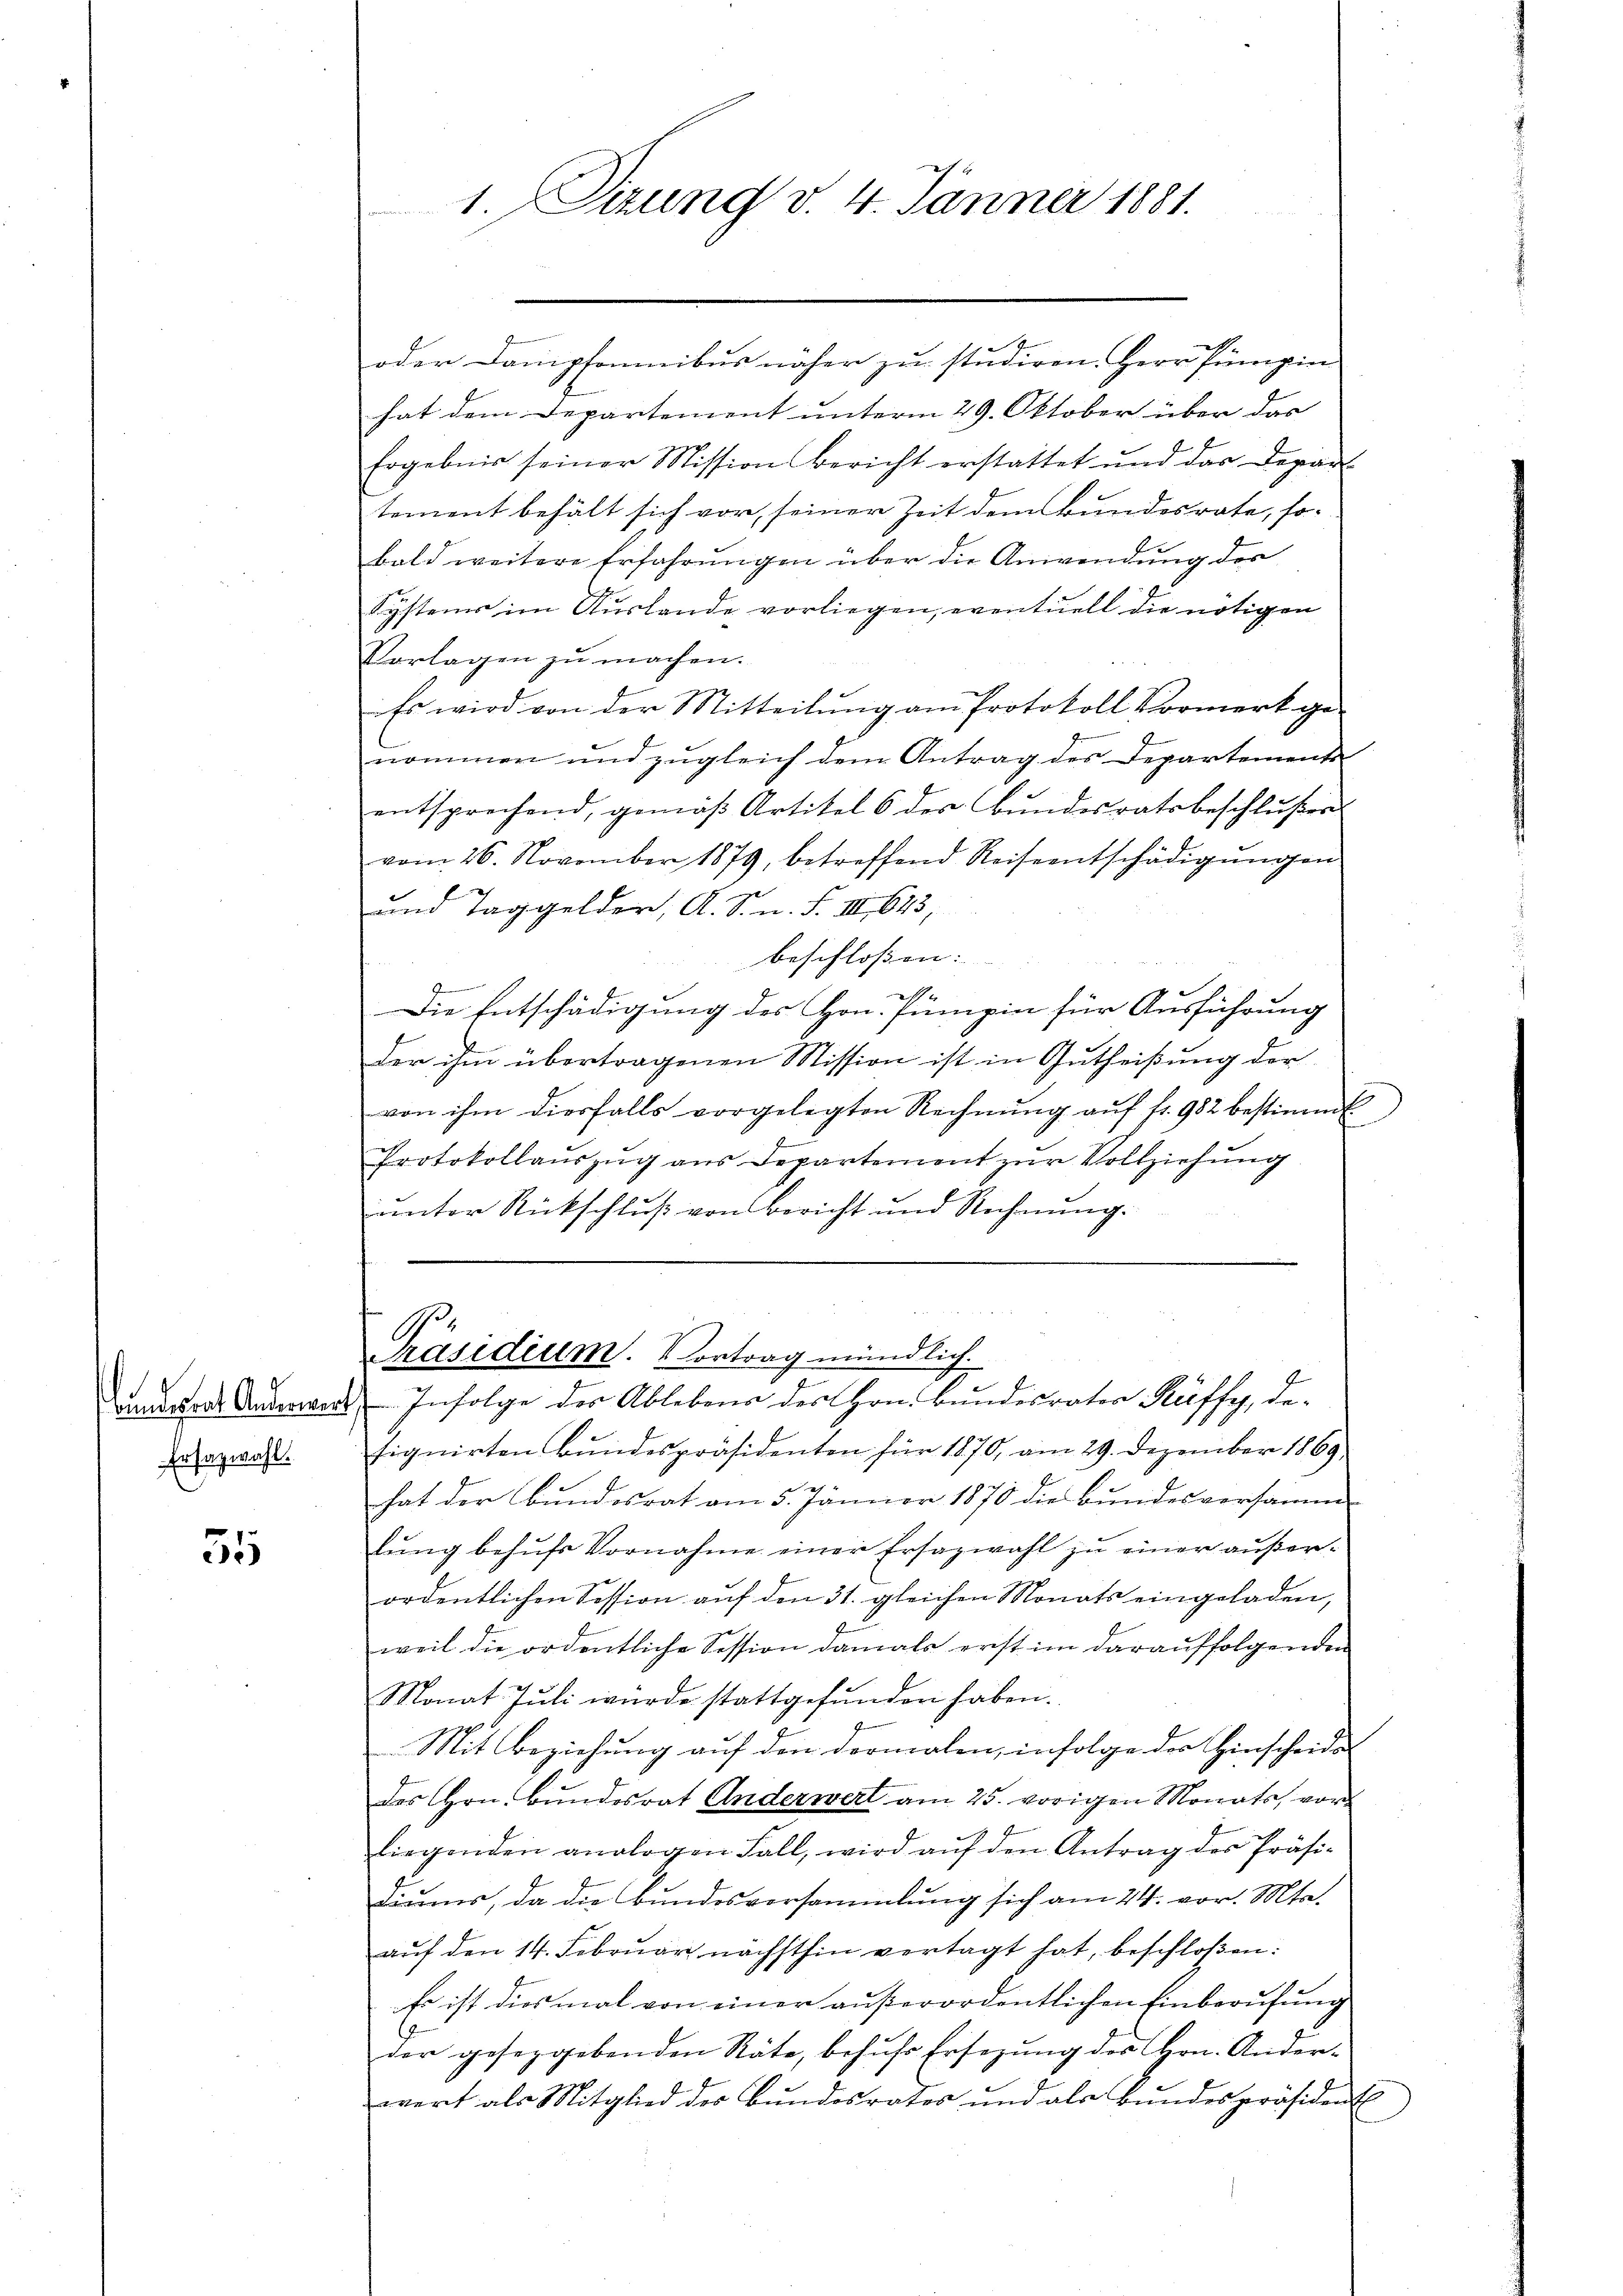
Ersazwahl.

35

1. Sizung v. 4. Jänner 1881.

oder Dampfomnibus näher zu studiren. Herr Pumpin
hat dem Departement unterm 29. Oktober über das
Ergebnis seiner Mission Bericht erstattet und das Depart
tement behält sich vor, seiner Zeit dem Bundesrate, so-
bald weitere Erfahrungen über die Anwendung des
Systems im Auslande vorliegen, eventuell die nötigen
Vorlagen zu machen.
Es wird von der Mitteilung am Protokoll Vormerk ge-
nommen und zugleich dem Antrag des Departements
entsprechend, gemäβ Artikel 6 der Bŭndesratsbeschlŭsser
vom 26. November 1879, betreffend Reiseentschädigŭngen
und Taggelder, A. S. n. F. III 643,
beschloßen: |

.
Die Entschädigung des Hrn. Pumpin für Ausführung
der ihm übertragenen Mission ist in Gutheißung der
von ihm diesfalls vorgelegten Rechnŭng aŭf fr. 982 bestimmt
Protokollaŭszŭg ans Departement zŭr Vollziehŭng
unter Rückschluß von Bericht und Rechnŭng.

e
Präsidium. Vortrag mündlich.
b
idrer Anderes Infolge der Ableben des Hrn. Bundesrater Kriffy, de¬

signirten Bundespräsidenten für 1870, am 29. Dezember 1869
hat der Bundesrat am 5. Jänner 1870 die Bundesversamm
lŭng behŭfs Vornahme einer Ersazwahl zu einer außerordentlichen Session auf den 31. gleichen Monats eingeladen,
weil die ordentliche Session damals erst im darauffolgenden
Monat Juli wurde stattgefunden haben.
Mit Beziehung auf den dormalen, infolge der Hinscheide
des Hrn. Bundesrat Anderwert am 25. vorigen Monats, vorliegenden analogen Fall, wird aŭf den Antrag des Präsi-
diums, da die Bundesversammlung sich am 24. vor. Mts.
aŭf den 14. Februar nächsthin vertagt hat, beschloßen:
Es ist diesmal von einer außerordentlichen Einberufung
der gesezgebenden Räte, behufs Ersezung des Hrn. Ander
wert als Mitglied des Bundesrates und als Bundespräsident